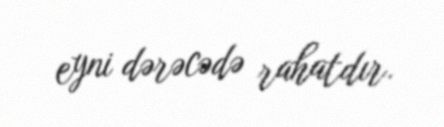
eyni dərəcədə rahatdır.